Trukikaitis_Postimees, lk 42
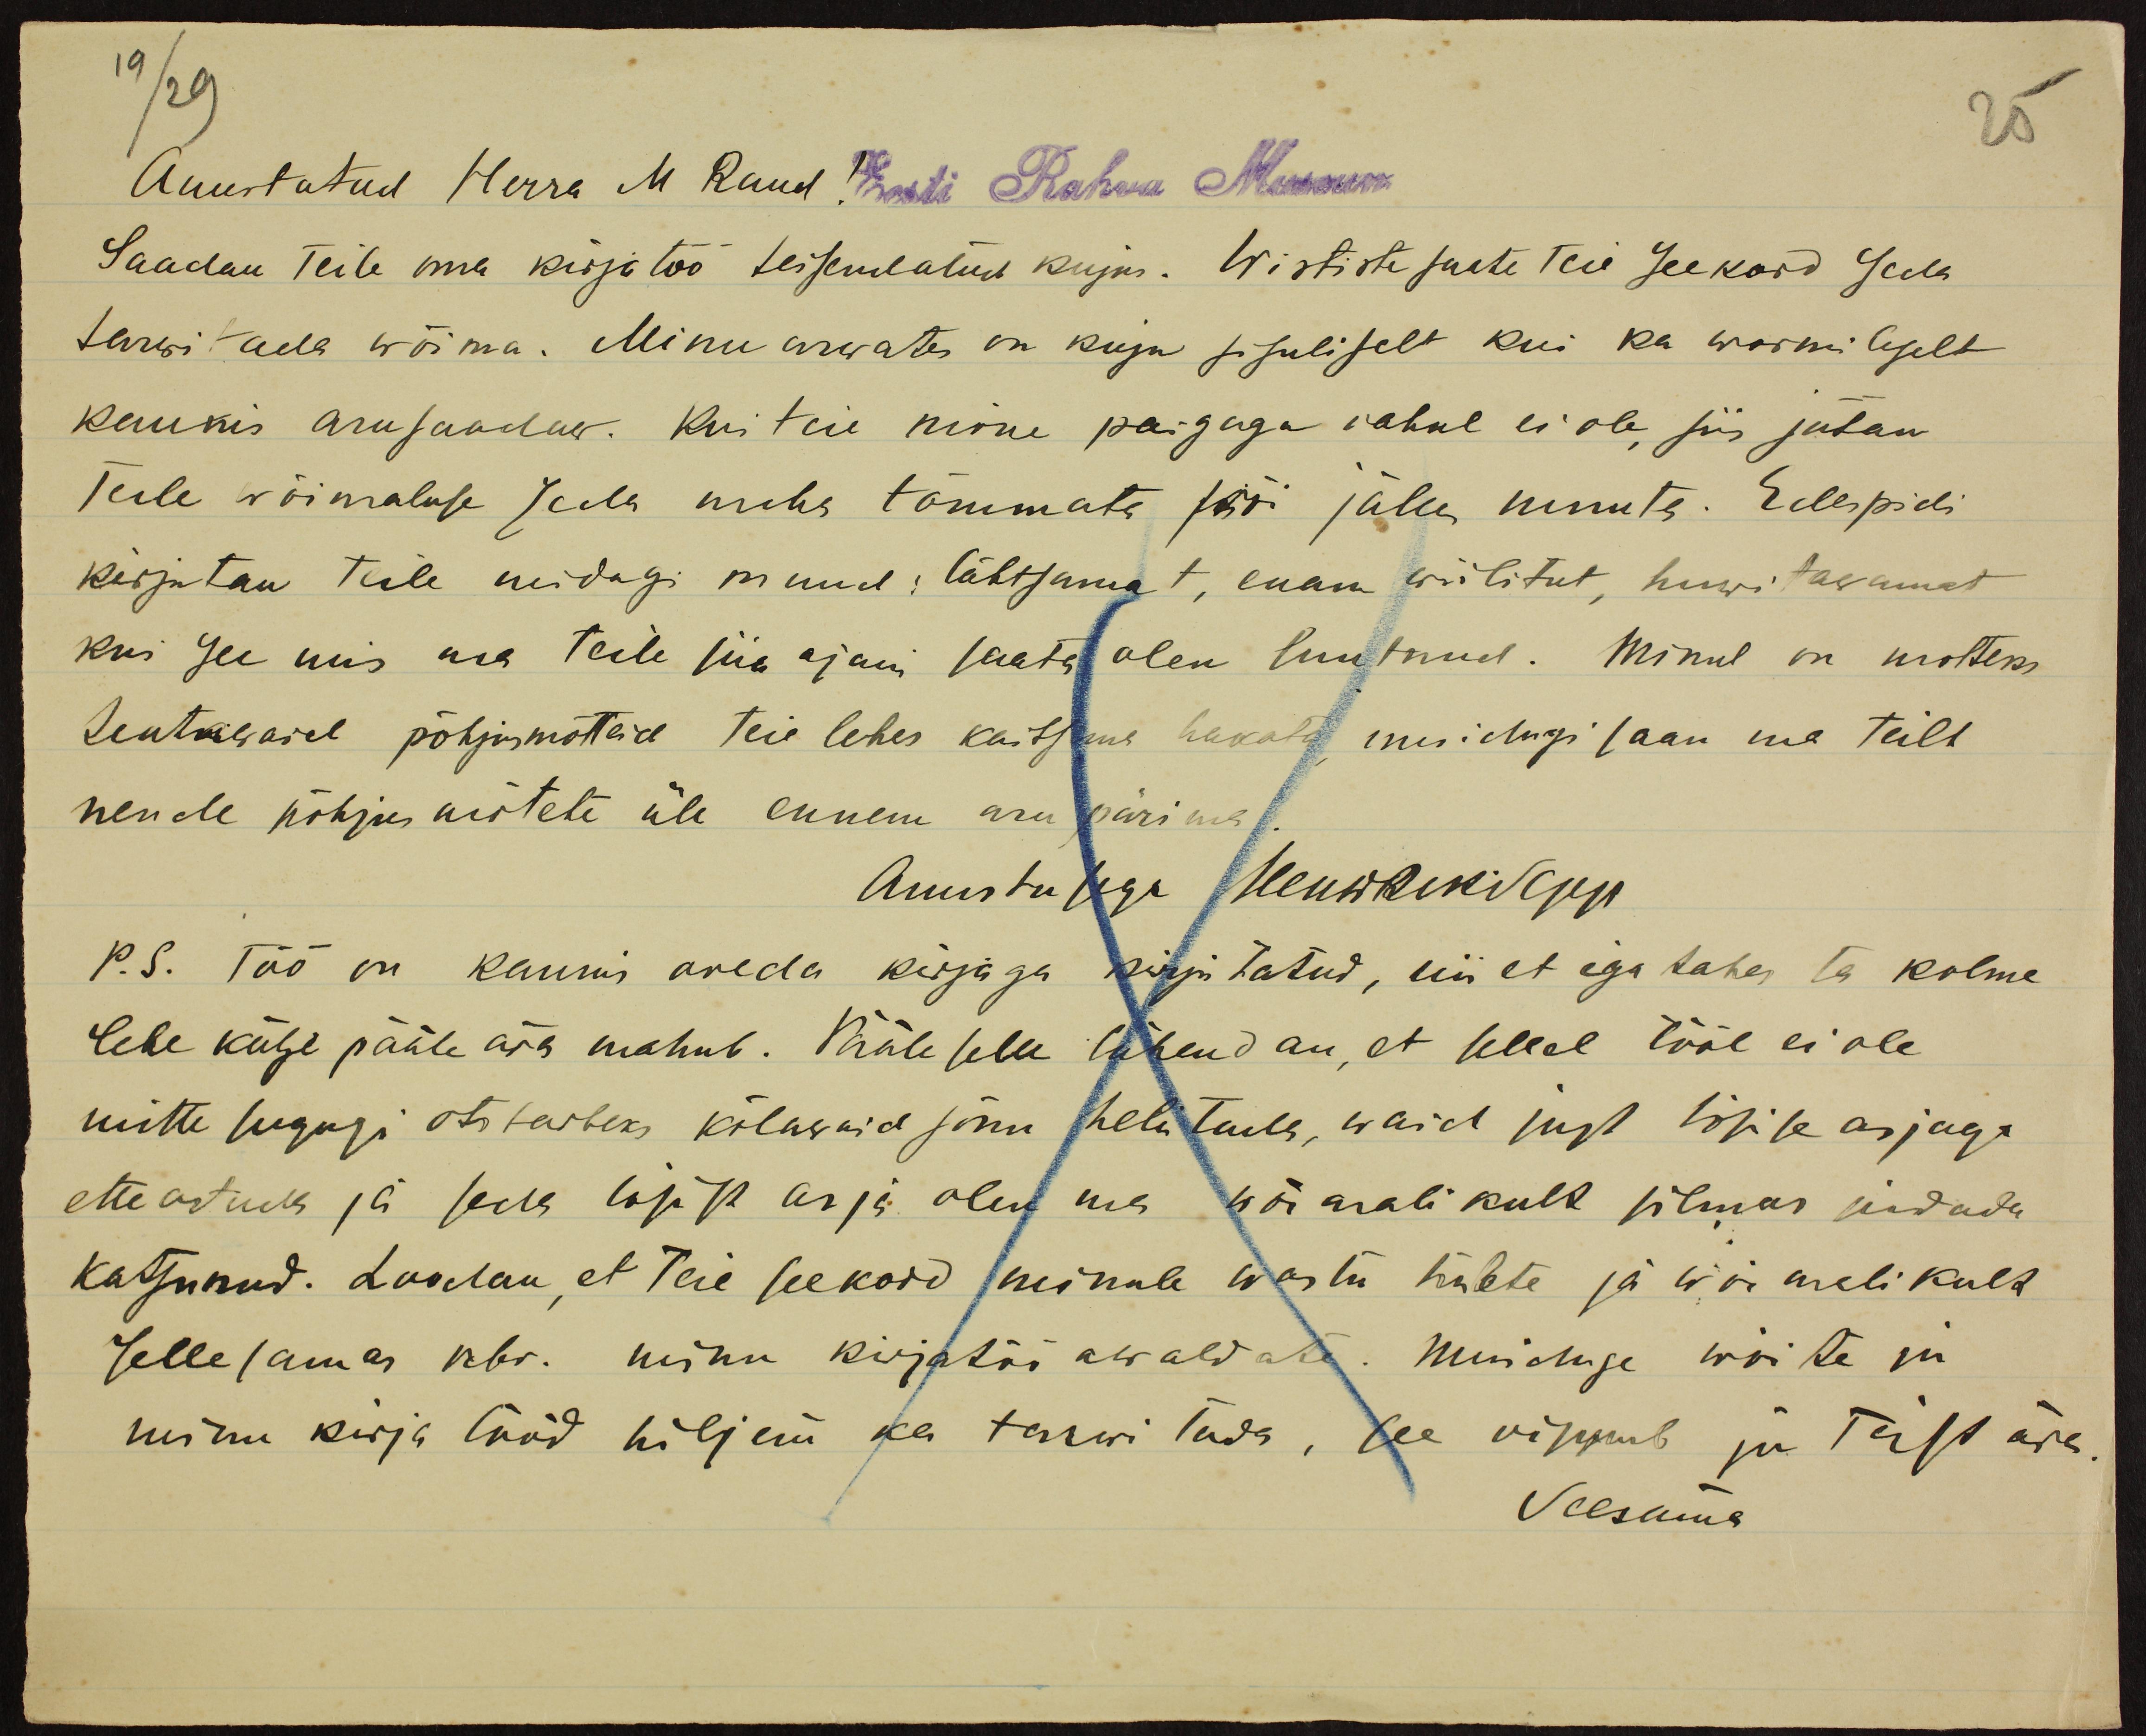
Auustatud Herra M Raud! Eesti Rahva Museum
Saadan Teile oma kirjatöö teisendatud kujus. Wististe saate Teie seekord Seda
tarwitada wõima. Minu arwates on kuju sisuliselt kui ka wormileselt
kaunis arusaadaw. Kui teie minu paigaga rahul ei ole, siis jätan
Teile wõimaluse seda maha tõmmata töö jälle nimeta. Edaspidi
kirjutan teile midagi muud: tähtsamat, enam wiilitut huwitavamat
kui see mis ma teile siia ajani saata olen suutnud. Minul on mõtteks
lentajärjal põhjusmõtteid teie lehes kaitsma hakata muidugi saan me teile
nende põhjus mõtete üle ennem aru pärima.
Auustusega Menwäeldsepp
P.S. Töö on kaunis aveda kirjaga kirjutatud, nii et ega tahes ta kolme
lehe külje pääle ära mahub. Pääle selle lähendan, et sellel tööl ei ole
mitte sugugi otstarbeks kõlawaid sõnu heli tuule, waid just tõsise asjaga
ette astuda ja seda tõsist asja olen ma wõimalikult silmas pidada
katsunud. Loodan, et Teie seekord minule wastu häste ja wõimalikult
selle samas nbr. minu kirjatöö awaldate. Muidugi wõite ju
minu kirja tööd hiljem ka tarwitada. See kippub ju Teist ära
Seesama